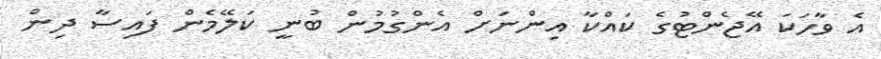
އެ ވާހަކަ އޭޖެންޓުގެ ކައްކާ އިންނަށް އެންގުމުން ބުނީ ކަލޭމެން ފައިސާ ދިން